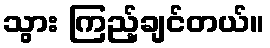
သွား ကြည့်ချင်တယ်။